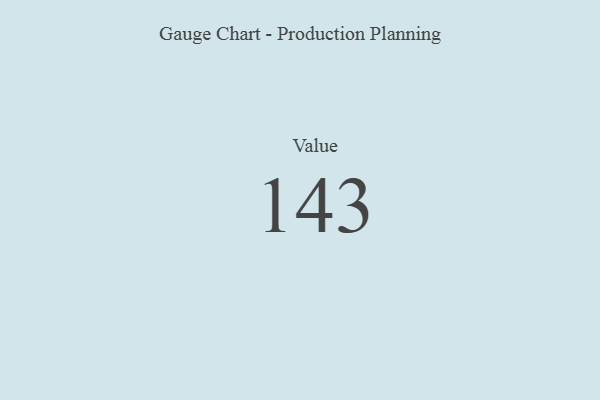
{"axis": {"x": "Metric", "y": "Value"}, "legend": [""], "data": [{"x": "Value", "y": 143, "type": ""}]}